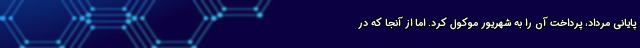
پایانی مرداد، پرداخت آن را به شهریور موکول کرد. اما از آنجا که در